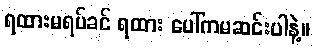
ရထားမရပ်ခင် ရထား ပေါ်ကမဆင်းပါနဲ့။